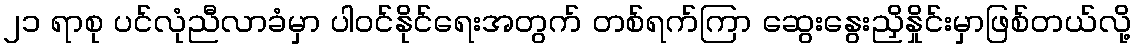
၂၁ ရာစု ပင်လုံညီလာခံမှာ ပါဝင်နိုင်ရေးအတွက် တစ်ရက်ကြာ ဆွေးနွေးညှိနှိုင်းမှာဖြစ်တယ်လို့